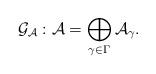
LaTeX: \begin{align*}\mathcal{G}_{\mathcal{A}}:\mathcal{A}=\bigoplus _{\gamma\in \Gamma}\mathcal{A}_{\gamma}.\end{align*}